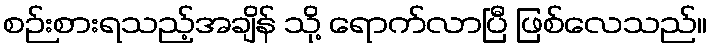
စဉ်းစားရသည့်အချိန် သို့ ရောက်လာပြီ ဖြစ်လေသည်။